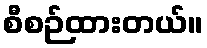
စီစဉ်ထားတယ်။